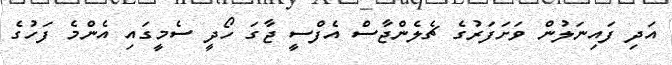
އަދި ފައިނަލުން ވަށަފަރުގެ ޗެލެންޖާސް އެފްސީ ޖާގަ ހޯދީ ސެމީގައި އެންމެ ފަހުގެ